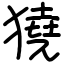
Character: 獟